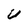
Character: U